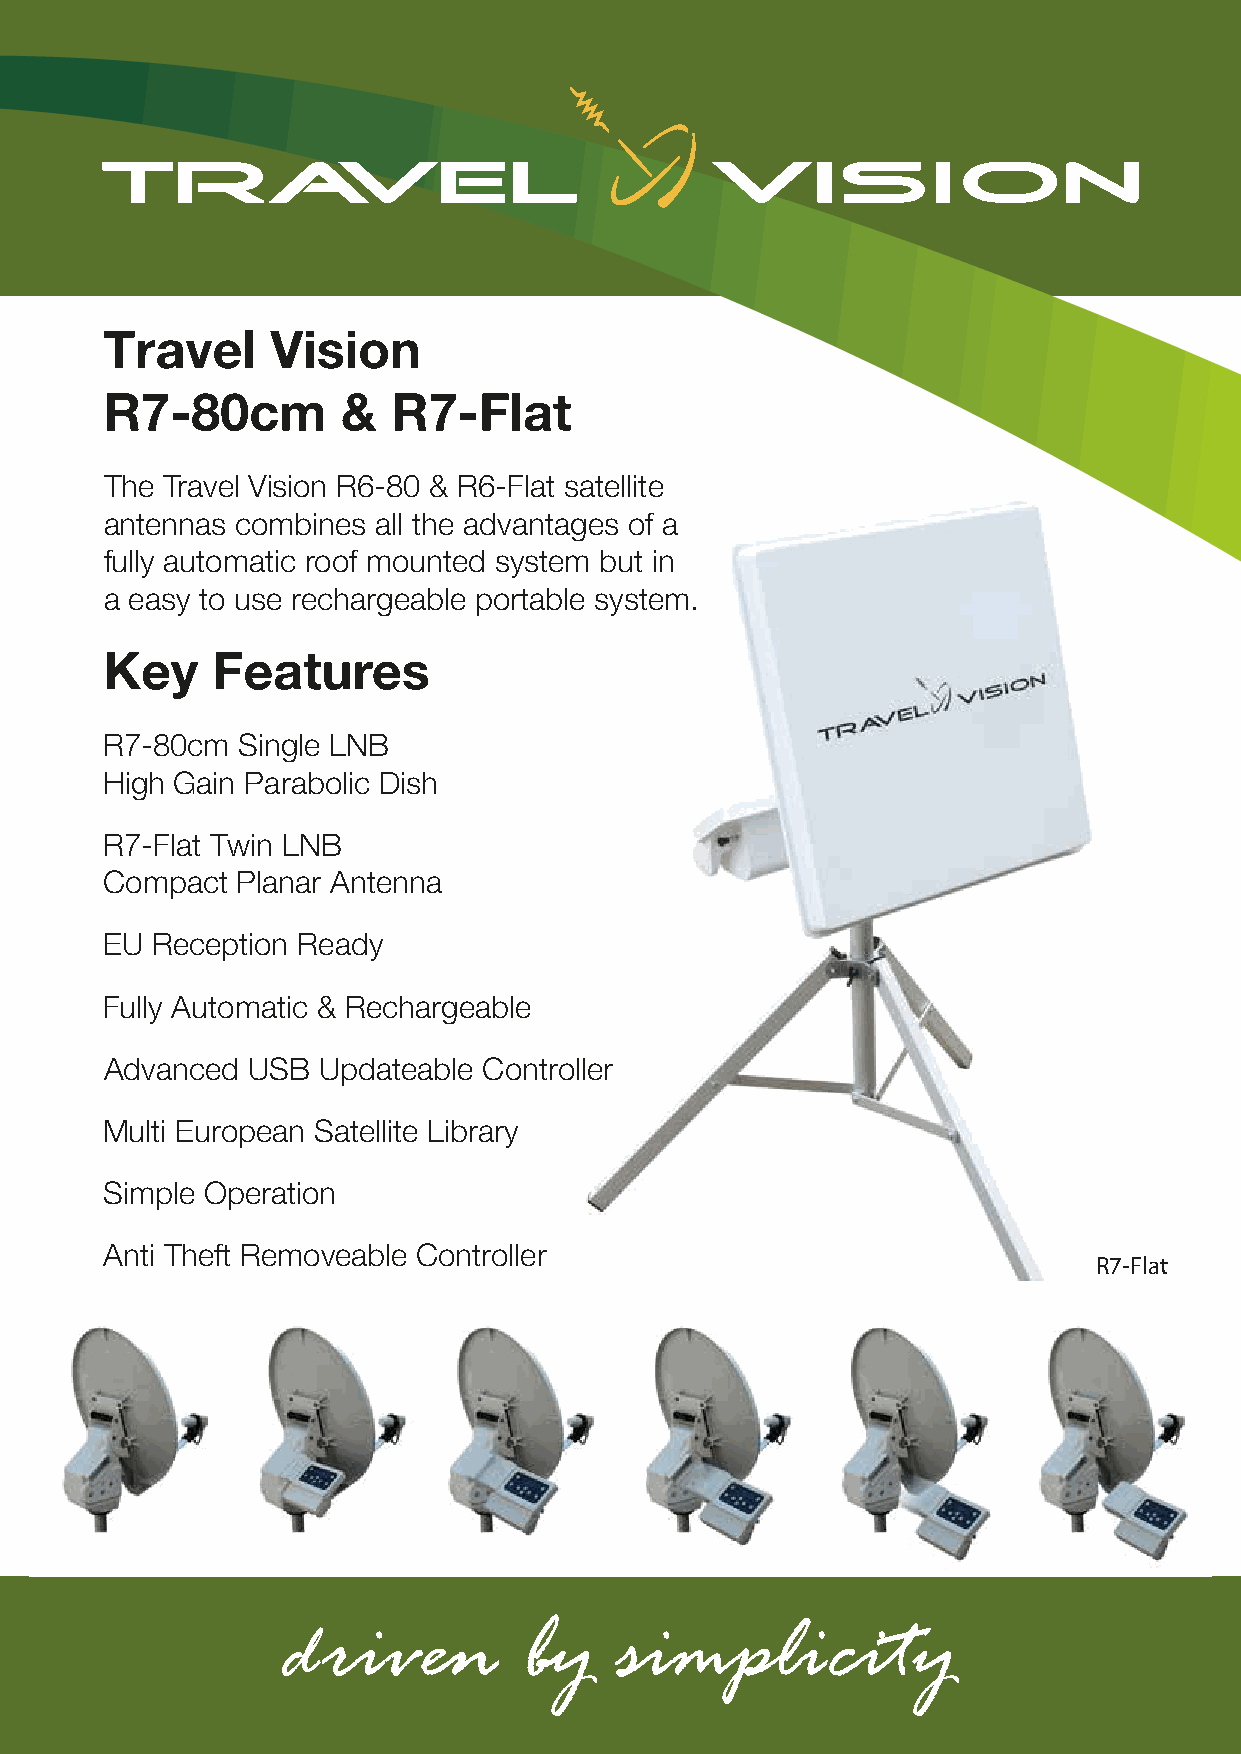
Travel     Vision
 R7-80cm         &  R7-Flat
 The Travel Vision R6-80 & R6-Flat satellite
 antennas combines all the advantages of a
 fully automatic roof mounted system but in
 a easy to use rechargeable portable system.
 Key    Features
 R7-80cm  Single LNB
 High Gain Parabolic Dish
 R7-Flat Twin LNB
 Compact  Planar Antenna
 EU Reception Ready
 Fully Automatic & Rechargeable
 Advanced USB  Updateable Controller
 Multi European Satellite Library
 Simple Operation
 Anti Theft Removeable Controller
 R7-Flat